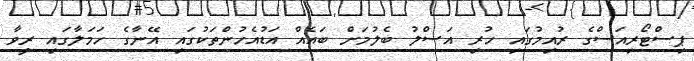
ޕިސްޓޯރިއަސްގެ ރުއިމުގައި ހުރި އަސްލު ބެލުމަށް ބައެއް އަޑުއެހުންތަކުގައި އޭނާގެ ހަމަލާގައި ރީވާ